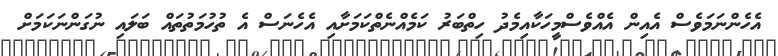
އެހެންނަމަވެސް އެއިން އެއްވެސްމީހަކާއިމެދު ހިތްބަރު ކަމެއްނެތްކަމަށާއި އެހެނަސް އެ ތުހުމަތުތައް ބަލައި ނުގަންނަކަމަށް